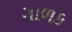
ગાળક